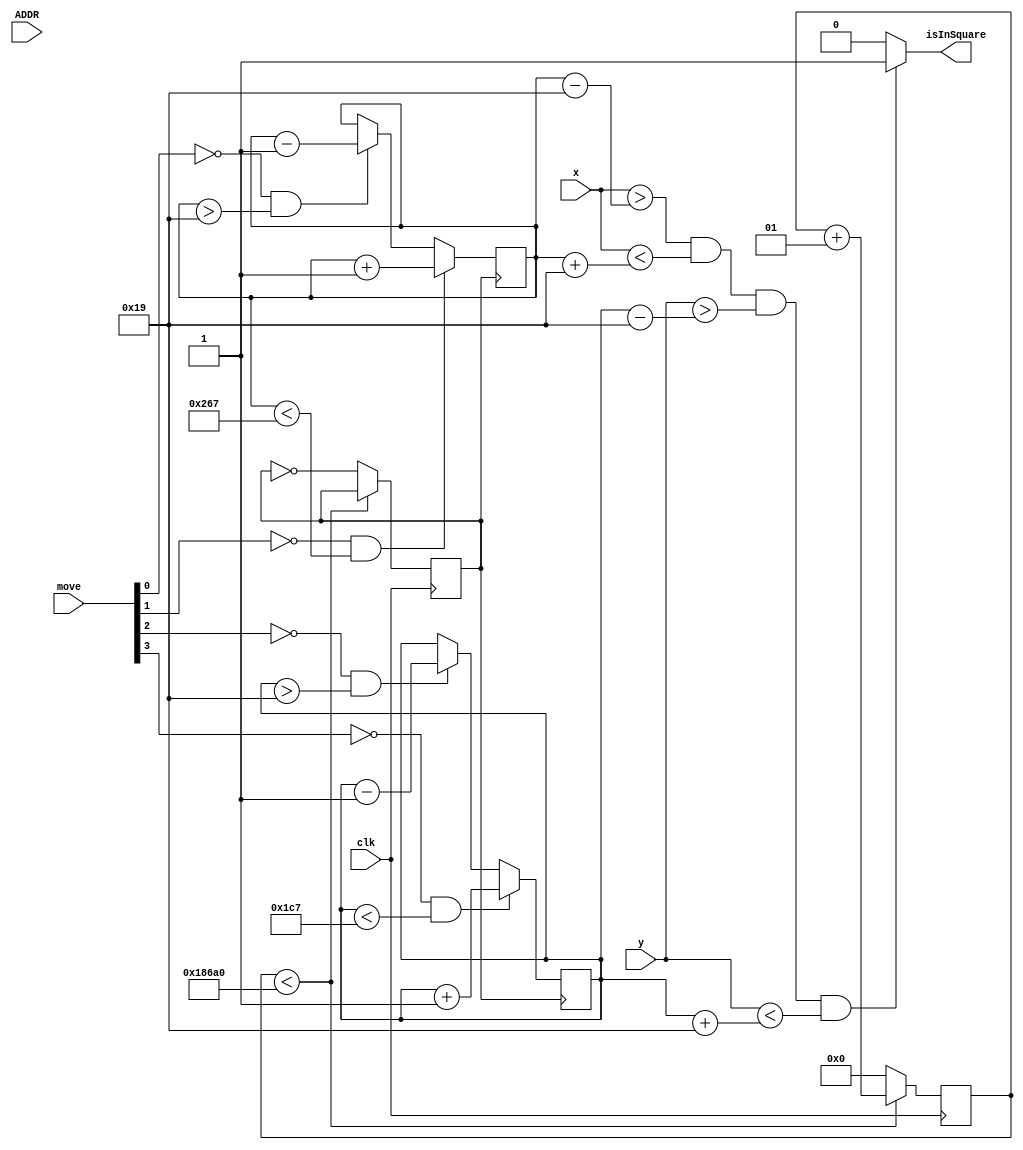
module mySquare(ADDR, clk, x, y, move, isInSquare);
  input [9:0] x;
  input [8:0] y;
  input [3:0] move;
  input [18:0] ADDR;
  input clk;
  output reg isInSquare;
  
  reg [9:0] x_square;
  reg [8:0] y_square;
  reg clk_move;
  
  integer i;
  
  initial begin
    x_square <= 10'b0101000000;
	 y_square <= 9'b011110000;
	 i = 0;
	 clk_move <= 0;
  end
  
  always @(posedge clk) begin
    if (i < 100000) i = i + 1;
	 else begin
	   i = 0;
		clk_move = ~clk_move;
	 end
  end
  
  always @(posedge clk_move) begin
    if (move[0] == 0 && x_square > 10'b0000011001)
		x_square <= x_square - 1;
	 if (move[1] == 0 && x_square < 10'b1010000000 - 10'b0000011001)
		x_square <= x_square + 1;
	 if (move[2] == 0 && y_square > 9'b000011001)
		y_square <= y_square - 1;
	 if (move[3] == 0 && y_square < 9'b111100000 - 9'b000011001)
		y_square <= y_square + 1;
  end
  
  always @(ADDR) begin
    if ((x > x_square - 10'b0000011001) && (x < x_square + 10'b0000011001) && (y > y_square - 9'b000011001) && (y < y_square + 9'b000011001))
	   isInSquare <= 1'b1;
	 else
	   isInSquare <= 1'b0;
  end
endmodule